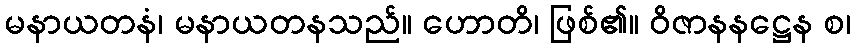
မနာယတနံ၊ မနာယတနသည်။ ဟောတိ၊ ဖြစ်၏။ ဝိဇာနနဋ္ဌေန စ၊